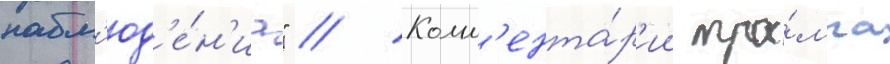
набл'юд'е́н'иа" // Комм'ента́р'ии тра́мпа